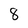
Character: 8